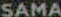
SAMA